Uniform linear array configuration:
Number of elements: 48
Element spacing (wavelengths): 0.25
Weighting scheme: cosine
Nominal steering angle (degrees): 45
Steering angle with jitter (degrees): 45.218
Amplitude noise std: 0.05
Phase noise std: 0.05

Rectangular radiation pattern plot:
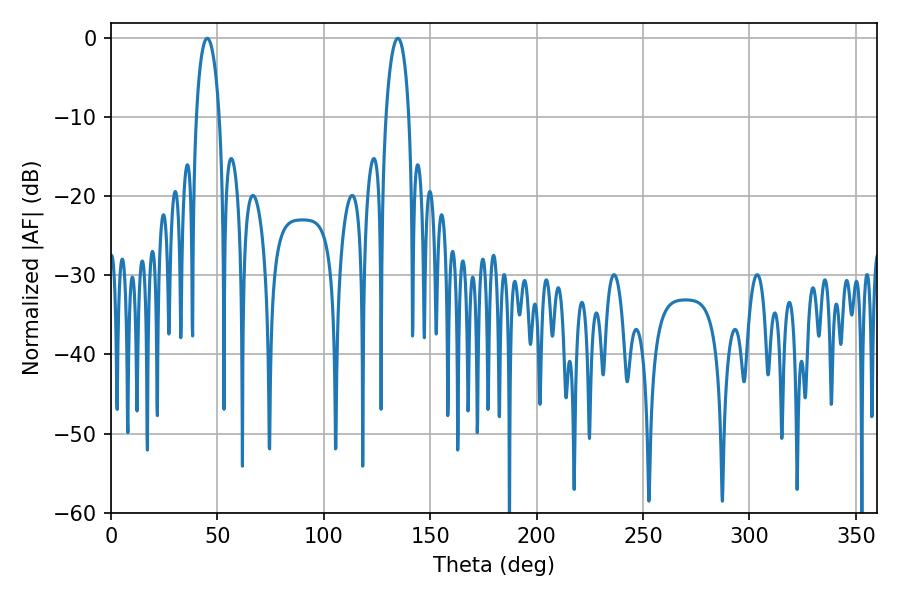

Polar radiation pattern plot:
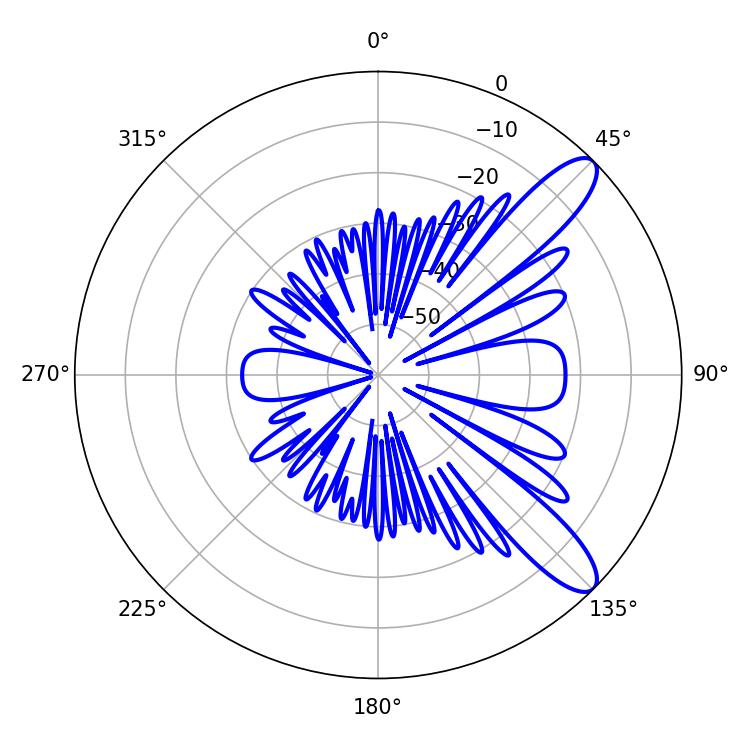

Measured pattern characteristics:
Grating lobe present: FALSE
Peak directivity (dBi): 10.692
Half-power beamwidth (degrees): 6.12
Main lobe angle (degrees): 45.18